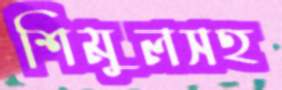
শিমুলসহ